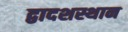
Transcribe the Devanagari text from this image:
द्वादशस्थान